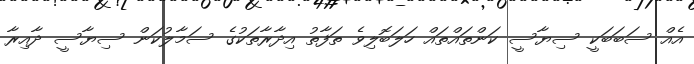
އެއް ސަބަބަކީ ސިޔާސީ ކަންތައްތައް ހަލަބޮލިވެ ތަފާތު އިދާރާތަކުގެ ސަމާލުކަން ސިޔާސީ ދާއިރާ